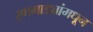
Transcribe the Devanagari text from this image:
रणगाड्यांमधून